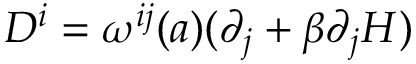
D ^ { i } = \omega ^ { i j } ( a ) ( \partial _ { j } + \beta \partial _ { j } H )